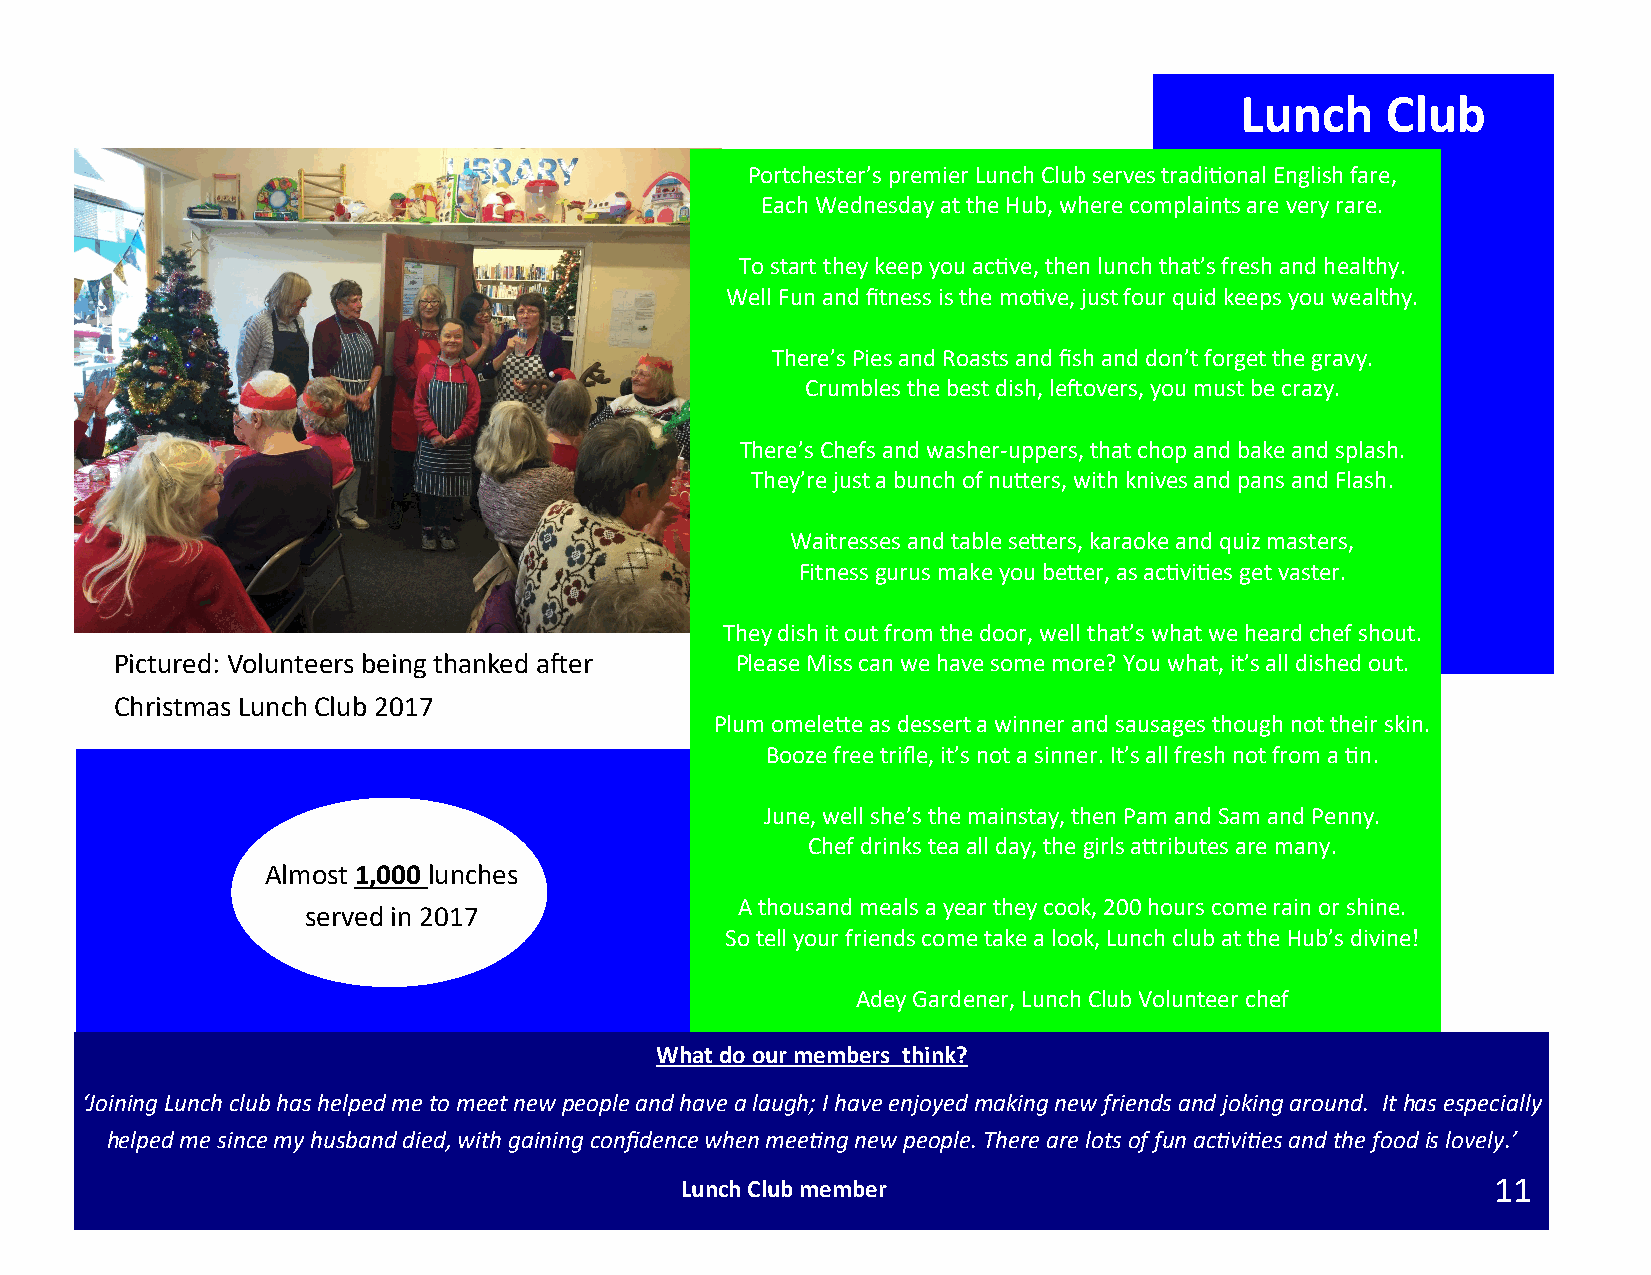
Lunch     Club
 Portchester’s premier Lunch Club serves traditional English fare,
 Each Wednesday at the Hub, where complaints are very rare.
 To start they keep you active, then lunch that’s fresh and healthy.
 Well Fun and fitness is the motive, just four quid keeps you wealthy.
 There’s Pies and Roasts and fish and don’t forget the gravy.
 Crumbles the best dish, leftovers, you must be crazy.
 There’s Chefs and washer-uppers, that chop and bake and splash.
 They’re just a bunch of nutters, with knives and pans and Flash.
 Waitresses and table setters, karaoke and quiz masters,
 Fitness gurus make you better, as activities get vaster.
 They dish it out from the door, well that’s what we heard chef shout.
 Pictured: Volunteers being thanked after Please Miss can we have some more? You what, it’s all dished out.
 Christmas Lunch Club 2017
 Plum omelette as dessert a winner and sausages though not their skin.
 Booze free trifle, it’s not a sinner. It’s all fresh not from a tin.
 June, well she’s the mainstay, then Pam and Sam and Penny.
 Chef drinks tea all day, the girls attributes are many.
 Almost 1,000 lunches
 A thousand meals a year they cook, 200 hours come rain or shine.
 served in 2017
 So tell your friends come take a look, Lunch club at the Hub’s divine!
 Adey Gardener, Lunch Club Volunteer chef
 What do our members think?
 ‘Joining Lunch club has helped me to meet new people and have a laugh; I have enjoyed making new friends and joking around. It has especially
 helped me since my husband died, with gaining confidence when meeting new people. There are lots of fun activities and the food is lovely.’
 Lunch Club member                                     11